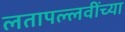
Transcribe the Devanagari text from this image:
लतापल्लवींच्या